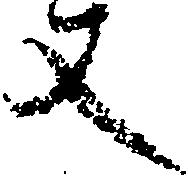
丈